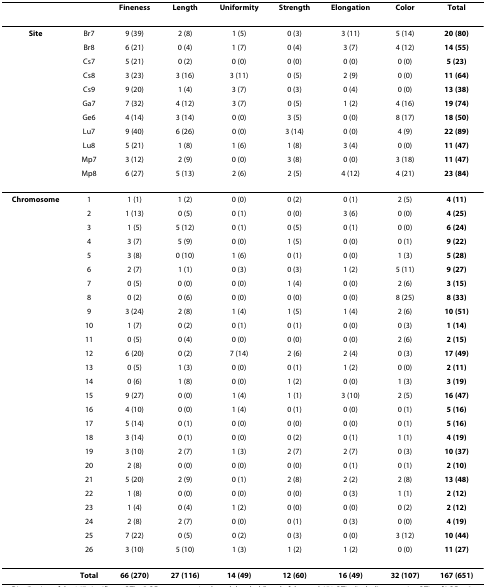
<table><thead><tr><td></td><td></td><td><b>Fineness</b></td><td><b>Length</b></td><td><b>Uniformity</b></td><td><b>Strength</b></td><td><b>Elongation</b></td><td><b>Color</b></td><td><b>Total</b></td></tr></thead><tbody><tr><td><b>Site</b></td><td>Br7</td><td>9 (39)</td><td>2 (8)</td><td>1 (5)</td><td>0 (3)</td><td>3 (11)</td><td>5 (14)</td><td><b>20 (80)</b></td></tr><tr><td></td><td>Br8</td><td>6 (21)</td><td>0 (4)</td><td>1 (7)</td><td>0 (4)</td><td>3 (7)</td><td>4 (12)</td><td><b>14 (55)</b></td></tr><tr><td></td><td>Cs7</td><td>5 (21)</td><td>0 (2)</td><td>0 (0)</td><td>0 (0)</td><td>0 (0)</td><td>0 (0)</td><td><b>5 (23)</b></td></tr><tr><td></td><td>Cs8</td><td>3 (23)</td><td>3 (16)</td><td>3 (11)</td><td>0 (5)</td><td>2 (9)</td><td>0 (0)</td><td><b>11 (64)</b></td></tr><tr><td></td><td>Cs9</td><td>9 (20)</td><td>1 (4)</td><td>3 (7)</td><td>0 (3)</td><td>0 (4)</td><td>0 (0)</td><td><b>13 (38)</b></td></tr><tr><td></td><td>Ga7</td><td>7 (32)</td><td>4 (12)</td><td>3 (7)</td><td>0 (5)</td><td>1 (2)</td><td>4 (16)</td><td><b>19 (74)</b></td></tr><tr><td></td><td>Ge6</td><td>4 (14)</td><td>3 (14)</td><td>0 (0)</td><td>3 (5)</td><td>0 (0)</td><td>8 (17)</td><td><b>18 (50)</b></td></tr><tr><td></td><td>Lu7</td><td>9 (40)</td><td>6 (26)</td><td>0 (0)</td><td>3 (14)</td><td>0 (0)</td><td>4 (9)</td><td><b>22 (89)</b></td></tr><tr><td></td><td>Lu8</td><td>5 (21)</td><td>1 (8)</td><td>1 (6)</td><td>1 (8)</td><td>3 (4)</td><td>0 (0)</td><td><b>11 (47)</b></td></tr><tr><td></td><td>Mp7</td><td>3 (12)</td><td>2 (9)</td><td>0 (0)</td><td>3 (8)</td><td>0 (0)</td><td>3 (18)</td><td><b>11 (47)</b></td></tr><tr><td></td><td>Mp8</td><td>6 (27)</td><td>5 (13)</td><td>2 (6)</td><td>2 (5)</td><td>4 (12)</td><td>4 (21)</td><td><b>23 (84)</b></td></tr><tr><td><b>Chromosome</b></td><td>1</td><td>1 (1)</td><td>1 (2)</td><td>0 (0)</td><td>0 (2)</td><td>0 (1)</td><td>2 (5)</td><td><b>4 (11)</b></td></tr><tr><td></td><td>2</td><td>1 (13)</td><td>0 (5)</td><td>0 (1)</td><td>0 (0)</td><td>3 (6)</td><td>0 (0)</td><td><b>4 (25)</b></td></tr><tr><td></td><td>3</td><td>1 (5)</td><td>5 (12)</td><td>0 (1)</td><td>0 (5)</td><td>0 (1)</td><td>0 (0)</td><td><b>6 (24)</b></td></tr><tr><td></td><td>4</td><td>3 (7)</td><td>5 (9)</td><td>0 (0)</td><td>1 (5)</td><td>0 (0)</td><td>0 (1)</td><td><b>9 (22)</b></td></tr><tr><td></td><td>5</td><td>3 (8)</td><td>0 (10)</td><td>1 (6)</td><td>0 (1)</td><td>0 (0)</td><td>1 (3)</td><td><b>5 (28)</b></td></tr><tr><td></td><td>6</td><td>2 (7)</td><td>1 (1)</td><td>0 (3)</td><td>0 (3)</td><td>1 (2)</td><td>5 (11)</td><td><b>9 (27)</b></td></tr><tr><td></td><td>7</td><td>0 (5)</td><td>0 (0)</td><td>0 (0)</td><td>1 (4)</td><td>0 (0)</td><td>2 (6)</td><td><b>3 (15)</b></td></tr><tr><td></td><td>8</td><td>0 (2)</td><td>0 (6)</td><td>0 (0)</td><td>0 (0)</td><td>0 (0)</td><td>8 (25)</td><td><b>8 (33)</b></td></tr><tr><td></td><td>9</td><td>3 (24)</td><td>2 (8)</td><td>1 (4)</td><td>1 (5)</td><td>1 (4)</td><td>2 (6)</td><td><b>10 (51)</b></td></tr><tr><td></td><td>10</td><td>1 (7)</td><td>0 (2)</td><td>0 (1)</td><td>0 (1)</td><td>0 (0)</td><td>0 (3)</td><td><b>1 (14)</b></td></tr><tr><td></td><td>11</td><td>0 (5)</td><td>0 (4)</td><td>0 (0)</td><td>0 (0)</td><td>0 (0)</td><td>2 (6)</td><td><b>2 (15)</b></td></tr><tr><td></td><td>12</td><td>6 (20)</td><td>0 (2)</td><td>7 (14)</td><td>2 (6)</td><td>2 (4)</td><td>0 (3)</td><td><b>17 (49)</b></td></tr><tr><td></td><td>13</td><td>0 (5)</td><td>1 (3)</td><td>0 (0)</td><td>0 (1)</td><td>1 (2)</td><td>0 (0)</td><td><b>2 (11)</b></td></tr><tr><td></td><td>14</td><td>0 (6)</td><td>1 (8)</td><td>0 (0)</td><td>1 (2)</td><td>0 (0)</td><td>1 (3)</td><td><b>3 (19)</b></td></tr><tr><td></td><td>15</td><td>9 (27)</td><td>0 (0)</td><td>1 (4)</td><td>1 (1)</td><td>3 (10)</td><td>2 (5)</td><td><b>16 (47)</b></td></tr><tr><td></td><td>16</td><td>4 (10)</td><td>0 (0)</td><td>1 (4)</td><td>0 (1)</td><td>0 (0)</td><td>0 (1)</td><td><b>5 (16)</b></td></tr><tr><td></td><td>17</td><td>5 (14)</td><td>0 (1)</td><td>0 (0)</td><td>0 (0)</td><td>0 (0)</td><td>0 (1)</td><td><b>5 (16)</b></td></tr><tr><td></td><td>18</td><td>3 (14)</td><td>0 (1)</td><td>0 (0)</td><td>0 (2)</td><td>0 (1)</td><td>1 (1)</td><td><b>4 (19)</b></td></tr><tr><td></td><td>19</td><td>3 (10)</td><td>2 (7)</td><td>1 (3)</td><td>2 (7)</td><td>2 (7)</td><td>0 (3)</td><td><b>10 (37)</b></td></tr><tr><td></td><td>20</td><td>2 (8)</td><td>0 (0)</td><td>0 (0)</td><td>0 (0)</td><td>0 (1)</td><td>0 (1)</td><td><b>2 (10)</b></td></tr><tr><td></td><td>21</td><td>5 (20)</td><td>2 (9)</td><td>0 (1)</td><td>2 (8)</td><td>2 (2)</td><td>2 (8)</td><td><b>13 (48)</b></td></tr><tr><td></td><td>22</td><td>1 (8)</td><td>0 (0)</td><td>0 (0)</td><td>0 (0)</td><td>0 (3)</td><td>1 (1)</td><td><b>2 (12)</b></td></tr><tr><td></td><td>23</td><td>1 (4)</td><td>0 (4)</td><td>1 (2)</td><td>0 (0)</td><td>0 (0)</td><td>0 (2)</td><td><b>2 (12)</b></td></tr><tr><td></td><td>24</td><td>2 (8)</td><td>2 (7)</td><td>0 (0)</td><td>0 (1)</td><td>0 (3)</td><td>0 (0)</td><td><b>4 (19)</b></td></tr><tr><td></td><td>25</td><td>7 (22)</td><td>0 (5)</td><td>0 (2)</td><td>0 (3)</td><td>0 (0)</td><td>3 (12)</td><td><b>10 (44)</b></td></tr><tr><td></td><td>26</td><td>3 (10)</td><td>5 (10)</td><td>1 (3)</td><td>1 (2)</td><td>1 (2)</td><td>0 (0)</td><td><b>11 (27)</b></td></tr><tr><td></td><td><b>Total</b></td><td><b>66 (270)</b></td><td><b>27 (116)</b></td><td><b>14 (49)</b></td><td><b>12 (60)</b></td><td><b>16 (49)</b></td><td><b>32 (107)</b></td><td><b>167 (651)</b></td></tr></tbody></table>